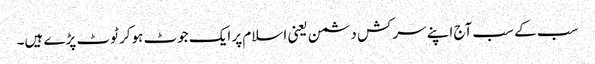
سب کے سب آج اپنے سرکش دشمن یعنی اسلام پر ایک جوٹ ہوکر ٹوٹ پڑے ہیں۔